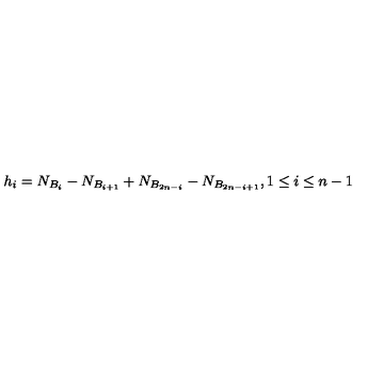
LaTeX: h _ { i } = N _ { B _ { i } } - N _ { B _ { i + 1 } } + N _ { B _ { 2 n - i } } - N _ { B _ { 2 n - i + 1 } } , 1 \leq i \leq n - 1